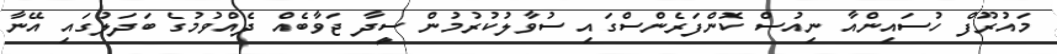
މައުރޫފް ހުސައިންއާ ނިއުސް ކޮންފަރެންސްގައި ސުވާލުކުރުމުން ސީދާ ޖަވާބެއް ދެއްވުމުގެ ބަދަލުގައި އޭނާ